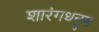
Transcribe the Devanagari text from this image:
शारंगधनुष